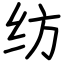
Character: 纺